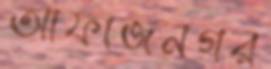
আফাজনগর